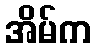
အိမ်က